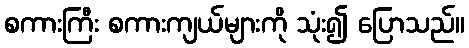
စကားကြီး စကားကျယ်များကို သုံး၍ ပြောသည်။